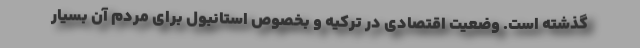
گذشته است. وضعیت اقتصادی در ترکیه و بخصوص استانبول برای مردم آن بسیار